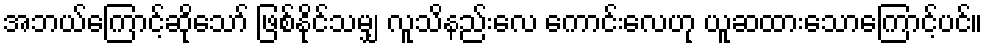
အဘယ်ကြောင့်ဆိုသော် ဖြစ်နိုင်သမျှ လူသိနည်းလေ ကောင်းလေဟု ယူဆထားသောကြောင့်ပင်။